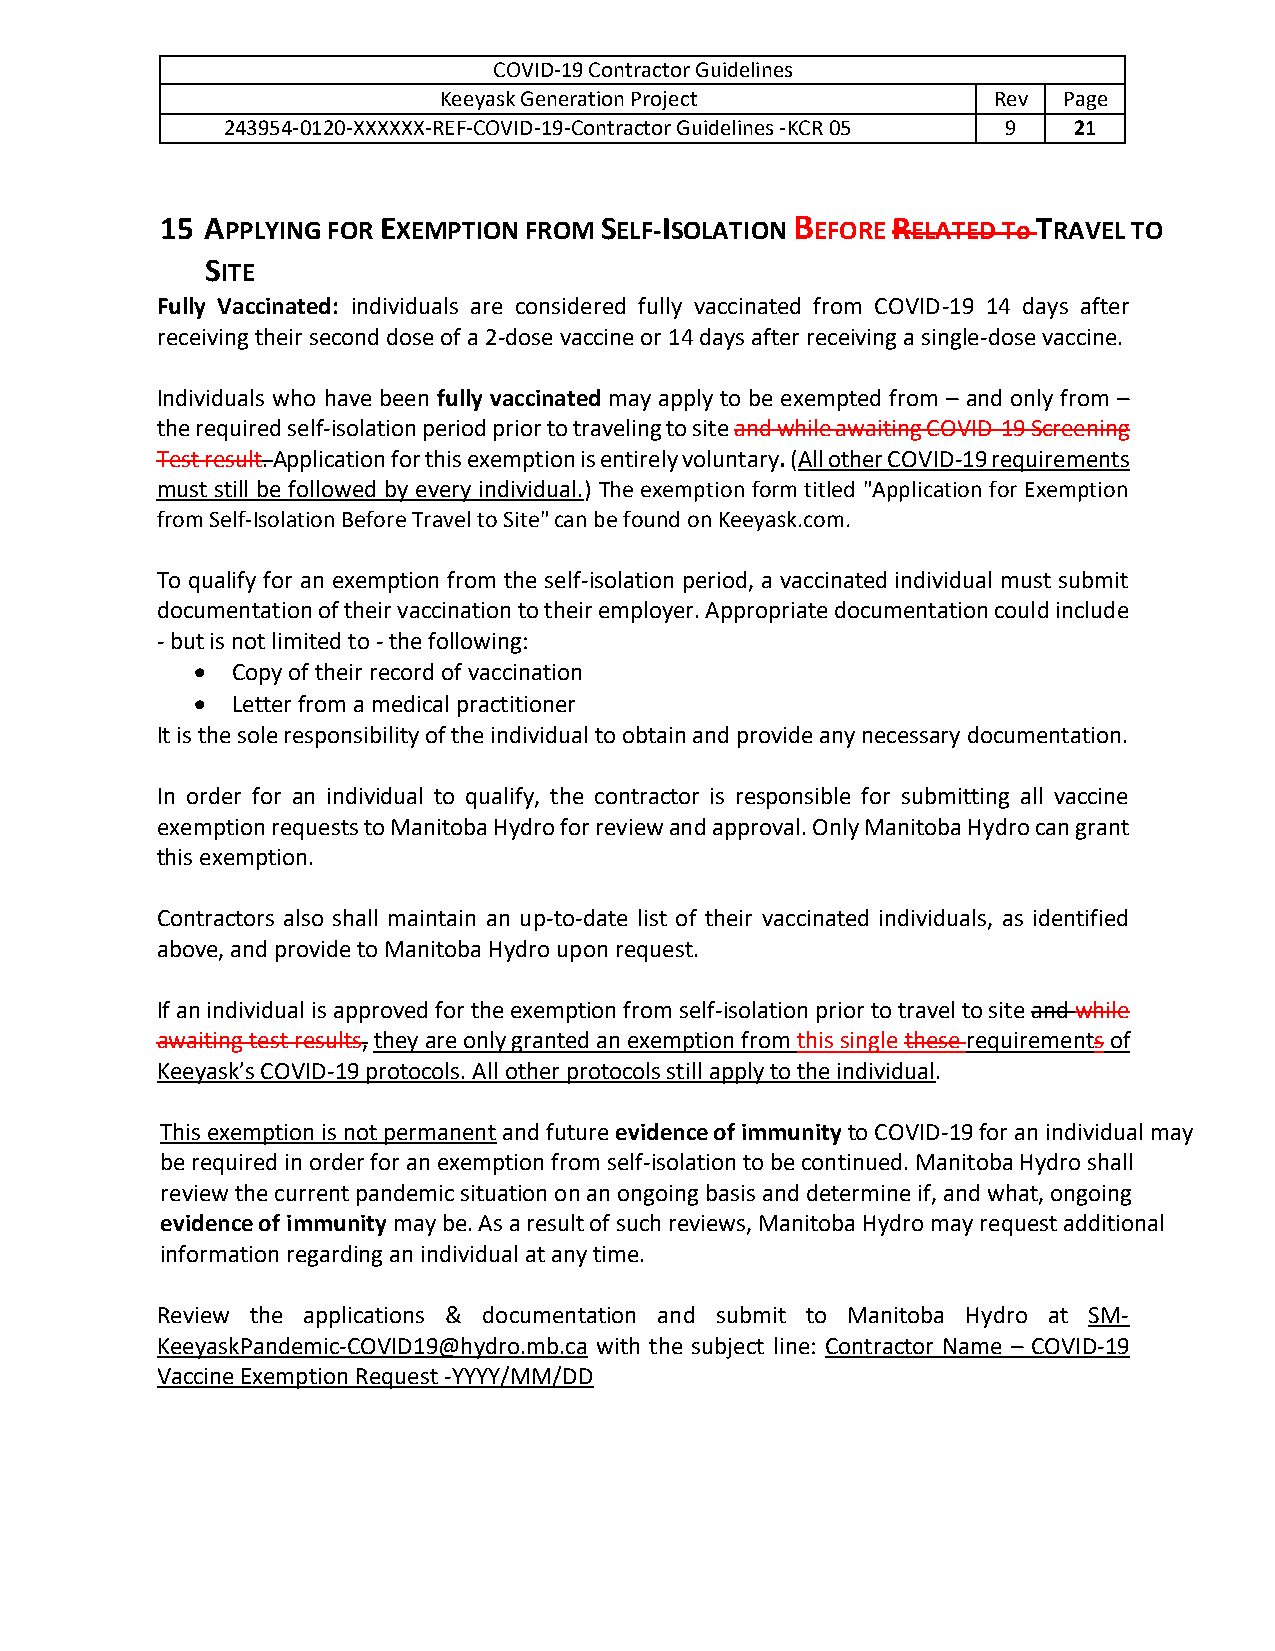
COVID-19 Contractor Guidelines
 Keeyask Generation Project           Rev Page
 243954-0120-XXXXXX-REF-COVID-19-Contractor Guidelines -KCR 05 9 21
 15 APPLYING FOR EXEMPTION FROM SELF-ISOLATION B EFORE RELATED To TRAVEL TO
 SITE
 Fully Vaccinated: individuals are considered fully vaccinated from COVID-19 14 days after
 receiving their second dose of a 2-dose vaccine or 14 days after receiving a single-dose vaccine.
 Individuals who have been fully vaccinated may apply to be exempted from – and only from –
 the required self-isolation period prior to traveling to site and while awaiting COVID-19 Screening
 Test result. Application for this exemption is entirely voluntary. (All other COVID-19 requirements
 must still be followed by every individual.) The exemption form titled "Application for Exemption
 from Self-Isolation Before Travel to Site" can be found on Keeyask.com.
 To qualify for an exemption from the self-isolation period, a vaccinated individual must submit
 documentation of their vaccination to their employer. Appropriate documentation could include
 - but is not limited to - the following:
 • Copy of their record of vaccination
 • Letter from a medical practitioner
 It is the sole responsibility of the individual to obtain and provide any necessary documentation.
 In order for an individual to qualify, the contractor is responsible for submitting all vaccine
 exemption requests to Manitoba Hydro for review and approval. Only Manitoba Hydro can grant
 this exemption.
 Contractors also shall maintain an up-to-date list of their vaccinated individuals, as identified
 above, and provide to Manitoba Hydro upon request.
 If an individual is approved for the exemption from self-isolation prior to travel to site and while
 awaiting test results, they are only granted an exemption from this single these requirements of
 Keeyask’s COVID-19 protocols. All other protocols still apply to the individual.
 This exemption is not permanent and future evidence of immunity to COVID-19 for an individual may
 be required in order for an exemption from self-isolation to be continued. Manitoba Hydro shall
 review the current pandemic situation on an ongoing basis and determine if, and what, ongoing
 evidence of immunity may be. As a result of such reviews, Manitoba Hydro may request additional
 information regarding an individual at any time.
 Review the applications & documentation and submit to Manitoba Hydro at SM-
 KeeyaskPandemic-COVID19@hydro.mb.ca with the subject line: Contractor Name – COVID-19
 Vaccine Exemption Request -YYYY/MM/DD